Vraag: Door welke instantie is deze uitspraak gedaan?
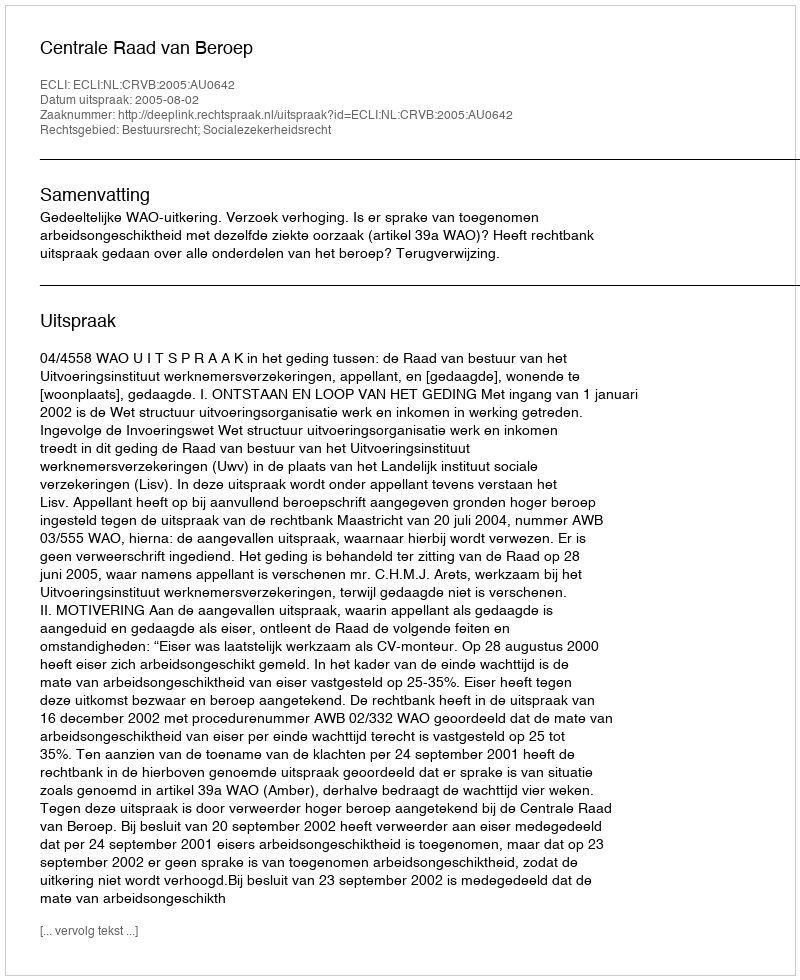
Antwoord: Centrale Raad van Beroep